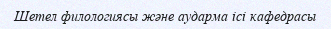
Шетел филологиясы және аударма ісі кафедрасы